Physiological action of certain drugs in tablet form - Number 52A
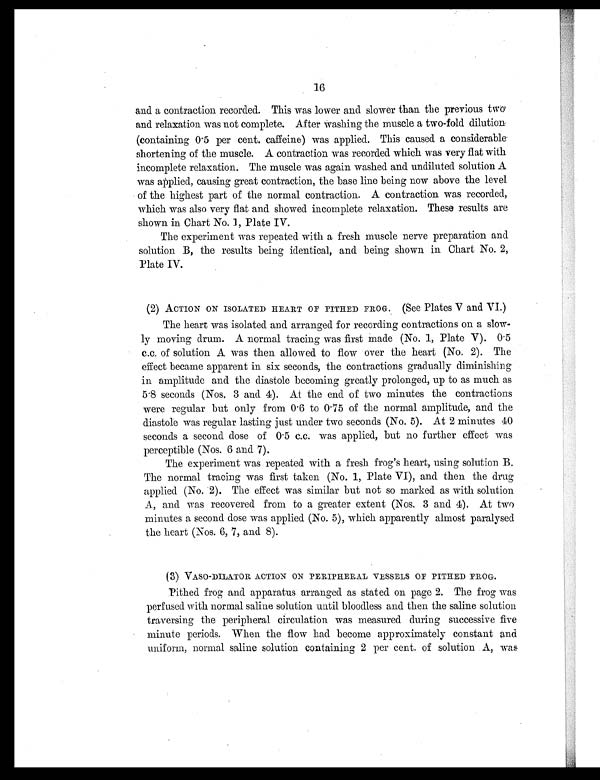
16
and a contraction recorded. This was lower and slower than the previous two
and relaxation was not complete. After Washing the muscle a two-fold dilution
(containing 0.5 per cent. caffeine) was applied. This caused a considerable
shortening of the muscle. A contraction was recorded which was very flat with
incomplete relaxation. The muscle was again washed and undiluted solution A
was applied, causing great contraction, the base line being now above the level
of the highest part of the normal contraction. A contraction was recorded,
which was also very flat and showed incomplete relaxation. These results are
shown in Chart No. 1, Plate IV.
The experiment was repeated with a fresh muscle nerve preparation and
solution B, the results being identical, and being shown in Chart No. 2,
Plate IV.
(2) ACTION ON ISOLATED HEART OF PITHED FROG. (See Plates V and VI.)
The heart was isolated and arranged for recording contractions on a slow-
ly moving drum. A normal tracing was first made (No. 1, Plate V). 0.5
c.c. of solution A was then allowed to flow over the heart (No. 2). The
effect became apparent in six seconds, the contractions gradually diminishing
in amplitude and. the diastole becoming greatly prolonged, up to as much as
5.8 seconds (Nos. 3 and 4). At the end of two minutes the contractions
were regular but only from 0.6 to 0.75 of the normal amplitude, and the
diastole was regular lasting just under two seconds (No. 5). At 2 minutes 40
seconds a second dose of 0.5 c.c. was applied, but no further effect was
perceptible (Nos. 6 and 7).
The experiment was repeated with a fresh frog's heart, using solution B.
The normal tracing was first taken (No. 1, Plate VI), and then the drug
applied (No. 2). The effect was similar but not so marked as with solution
A, and was recovered from to a greater extent (Nos. 3 and 4). At two
minutes a second dose was applied (No. 5), which apparently almost paralysed
the heart (Nos. 6, 7, and 8).
(3) VASO-DILATOR ACTION ON PERIPHERAL VESSELS OF PITHED FROG.
Pithed frog and apparatus arranged as stated on page 2. The frog was
perfused with normal saline solution until bloodless and then the saline solution
traversing the peripheral circulation was measured during successive five
minute periods. When the flow had become approximately constant and
uniform, normal saline solution containing 2 per cent. of solution A, was